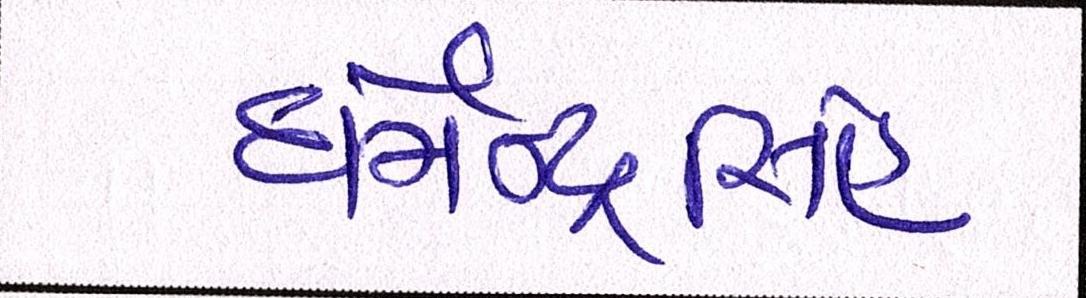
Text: ધર્મેન્દ્રસિંહ